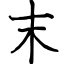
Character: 末